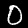
Label: 0